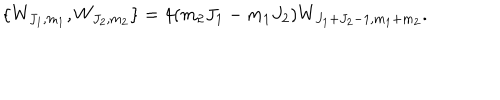
LaTeX: \{ W _ { J _ { 1 } , m _ { 1 } } , W _ { J _ { 2 } , m _ { 2 } } \} = 4 ( m _ { 2 } J _ { 1 } - m _ { 1 } J _ { 2 } ) W _ { J _ { 1 } + J _ { 2 } - 1 , m _ { 1 } + m _ { 2 } } .